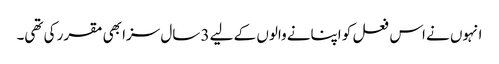
انہوں نے اس فعل کو اپنانے والوں کے لیے 3 سال سزا بھی مقرر کی تھی۔